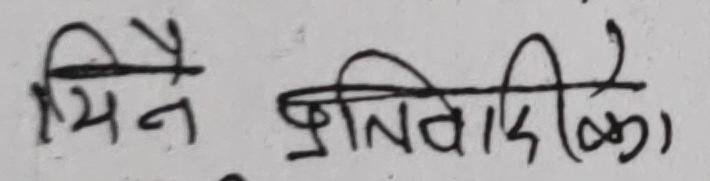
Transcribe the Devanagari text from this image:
मैंने प्रतिवादिका